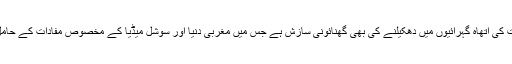
یہ نوجوان نسل کو اخلاقیات کی اتھاہ گہرائیوں میں دھکیلنے کی بھی گھنائونی سازش ہے جس میں مغربی دنیا اور سوشل میڈیا کے مخصوص مفادات کے حامل طبقات سرگرمِ عمل ہیں۔